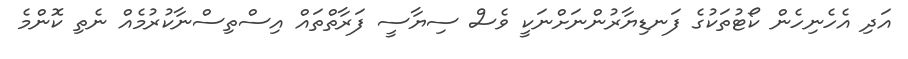
އަދި އެހެނިހެން ކޯޓުތަކުގެ ފަނޑިޔާރުންނަށްނަކީ ވެސް ސިޔާސީ ފަރާތްތައް އިސްތިސްނާކުރުމެއް ނެތި ކޮންމެ